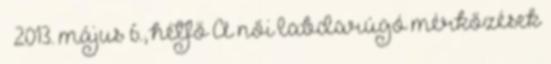
» 2013. május 6., hétfő A női labdarúgó mérkőzések